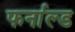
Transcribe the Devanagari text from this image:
फर्नाल्ड